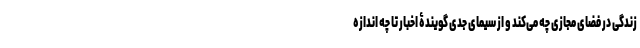
زندگی در فضای مجازی چه می‌کند و از سیمای جدی گویندۀ اخبار تا چه اندازه